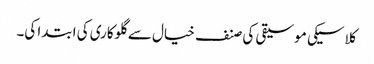
کلاسیکی موسیقی کی صنف خیال سے گلوکاری کی ابتدا کی۔